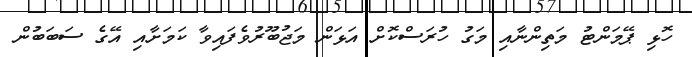
ހޮޅި ޕޭމަންޓު މަތިންނާއި މަގު ހުރަސްކޮށް އަޅަން މަޖުބޫރުވެފައިވާ ކަމަށާއި އޭގެ ސަބަބުން